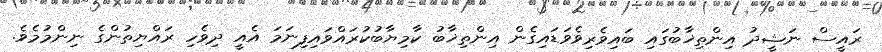
ރައީސް ނަޝީދު އިންތިޚާބުގައި ބައިވެރިވެވަޑައިގެން އިންތިޚާބު ކާމިޔާބުކުރައްވައިފިނަމަ އެއީ ދިވެހި ރައްޔިތުންގެ ނިންމުމެވެ.